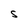
Character: S